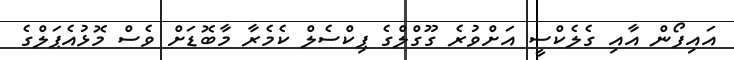
އައިފޯން އާއި ގެލެކްސީ އަށްވުރެ ގޫގްލްގެ ޕިކްސެލް ކެމެރާ މާބޮޑަށް ވެސް މޮޅުއެޕަލްގެ